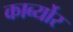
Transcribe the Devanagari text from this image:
कार्ब्योर